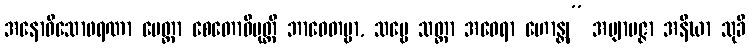
အနောဓိသောဖရဏာ မေတ္တာ စေတောဝိမုတ္တိ ဘာဝေတဗ္ဗာ, သဗ္ဗေ သတ္တာ အဝေရာ ဟောန္တု” အဗျာပဇ္ဇာ အနီဃာ သုခီ